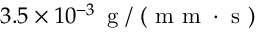
3 . 5 \times 1 0 ^ { - 3 } \, \mathrm { ~ g ~ } / \mathrm { ~ ( ~ m ~ m ~ } \cdot \mathrm { ~ s ~ ) ~ }